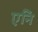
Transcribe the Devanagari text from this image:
एनि